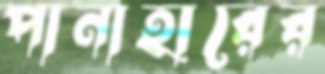
পানাহারের